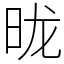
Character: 昽